Vaccination in Bombay 1863-1868 - 1863-1868
Year: 1863
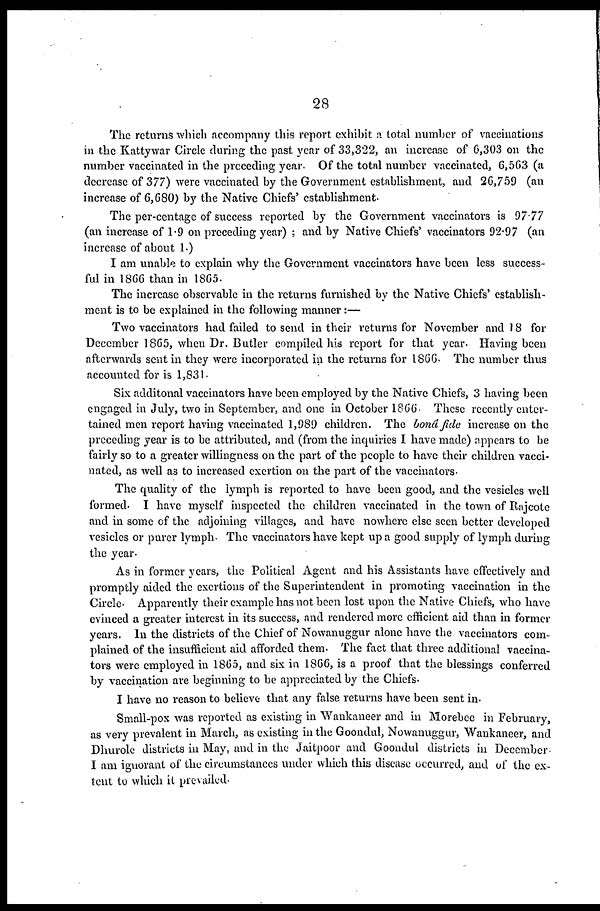
28
The returns which accompany this report exhibit a total number of vaccinations
in the Kattywar Circle during the past year of 33,322, an increase of 6,303 on the
number vaccinated in the preceding year. Of the total number vaccinated, 6,563 (a
decrease of 377) were vaccinated by the Government establishment, and 26,759 (an
increase of 6,680) by the Native Chiefs' establishment.
The per-centage of success reported by the Government vaccinators is 97.77
(an increase of 1.9 on preceding year) ; and by Native Chiefs' vaccinators 92.97 (an
increase of about 1.)
I am unable to explain why the Government vaccinators have been less success-
ful in 1866 than in 1865.
The increase observable in the returns furnished by the Native Chiefs' establish-
ment is to be explained in the following manner:—
Two vaccinators had failed to send in their returns for November and 18 for
December 1865, when Dr. Butler compiled his report for that year. Having been
afterwards sent in they were incorporated in the returns for 1866. The number thus
accounted for is 1,831.
Six additonal vaccinators have been employed by the Native Chiefs, 3 having been
engaged in July, two in September, and one in October 1866. These recently enter-
tained men report having vaccinated 1,989 children. The bonâ fide increase on the
preceding year is to be attributed, and (from the inquiries I have made) appears to be
fairly so to a greater willingness on the part of the people to have their children vacci-
nated, as well as to increased exertion on the part of the vaccinators.
The quality of the lymph is reported to have been good, and the vesicles well
formed. I have myself inspected the children vaccinated in the town of Rajcote
and in some of the adjoining villages, and have nowhere else seen better developed
vesicles or purer lymph. The vaccinators have kept up a good supply of lymph during
the year.
As in former years, the Political Agent and his Assistants have effectively and
promptly aided the exertions of the Superintendent in promoting vaccination in the
Circle. Apparently their example has not been lost upon the Native Chiefs, who have
evinced a greater interest in its success, and rendered more efficient aid than in former
years. In the districts of the Chief of Nowanuggur alone have the vaccinators com-
plained of the insufficient aid afforded them. The fact that three additional vaccina-
tors were employed in 1865, and six in 1866, is a proof that the blessings conferred
by vaccination are beginning to be appreciated by the Chiefs.
I have no reason to believe that any false returns have been sent in
Small-pox was reported as existing in Wankaneer and in Morebee in February,
as very prevalent in March, as existing in the Goondul, Nowanuggur, Wankaneer, and
Dhurole districts in May, and in the Jaitpoor and Goondul districts in December.
I am ignorant of the circumstances under which this disease occurred, and of the ex-
tent to which it prevailed.